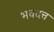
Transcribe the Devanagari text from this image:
भवदत्त